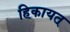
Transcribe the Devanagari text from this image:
हिकायत्‌